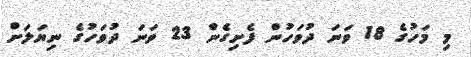
މި މަހުގެ 18 ވަނަ ދުވަހުން ފެށިގެން 23 ވަނަ ދުވަހުގެ ނިޔަލަށް